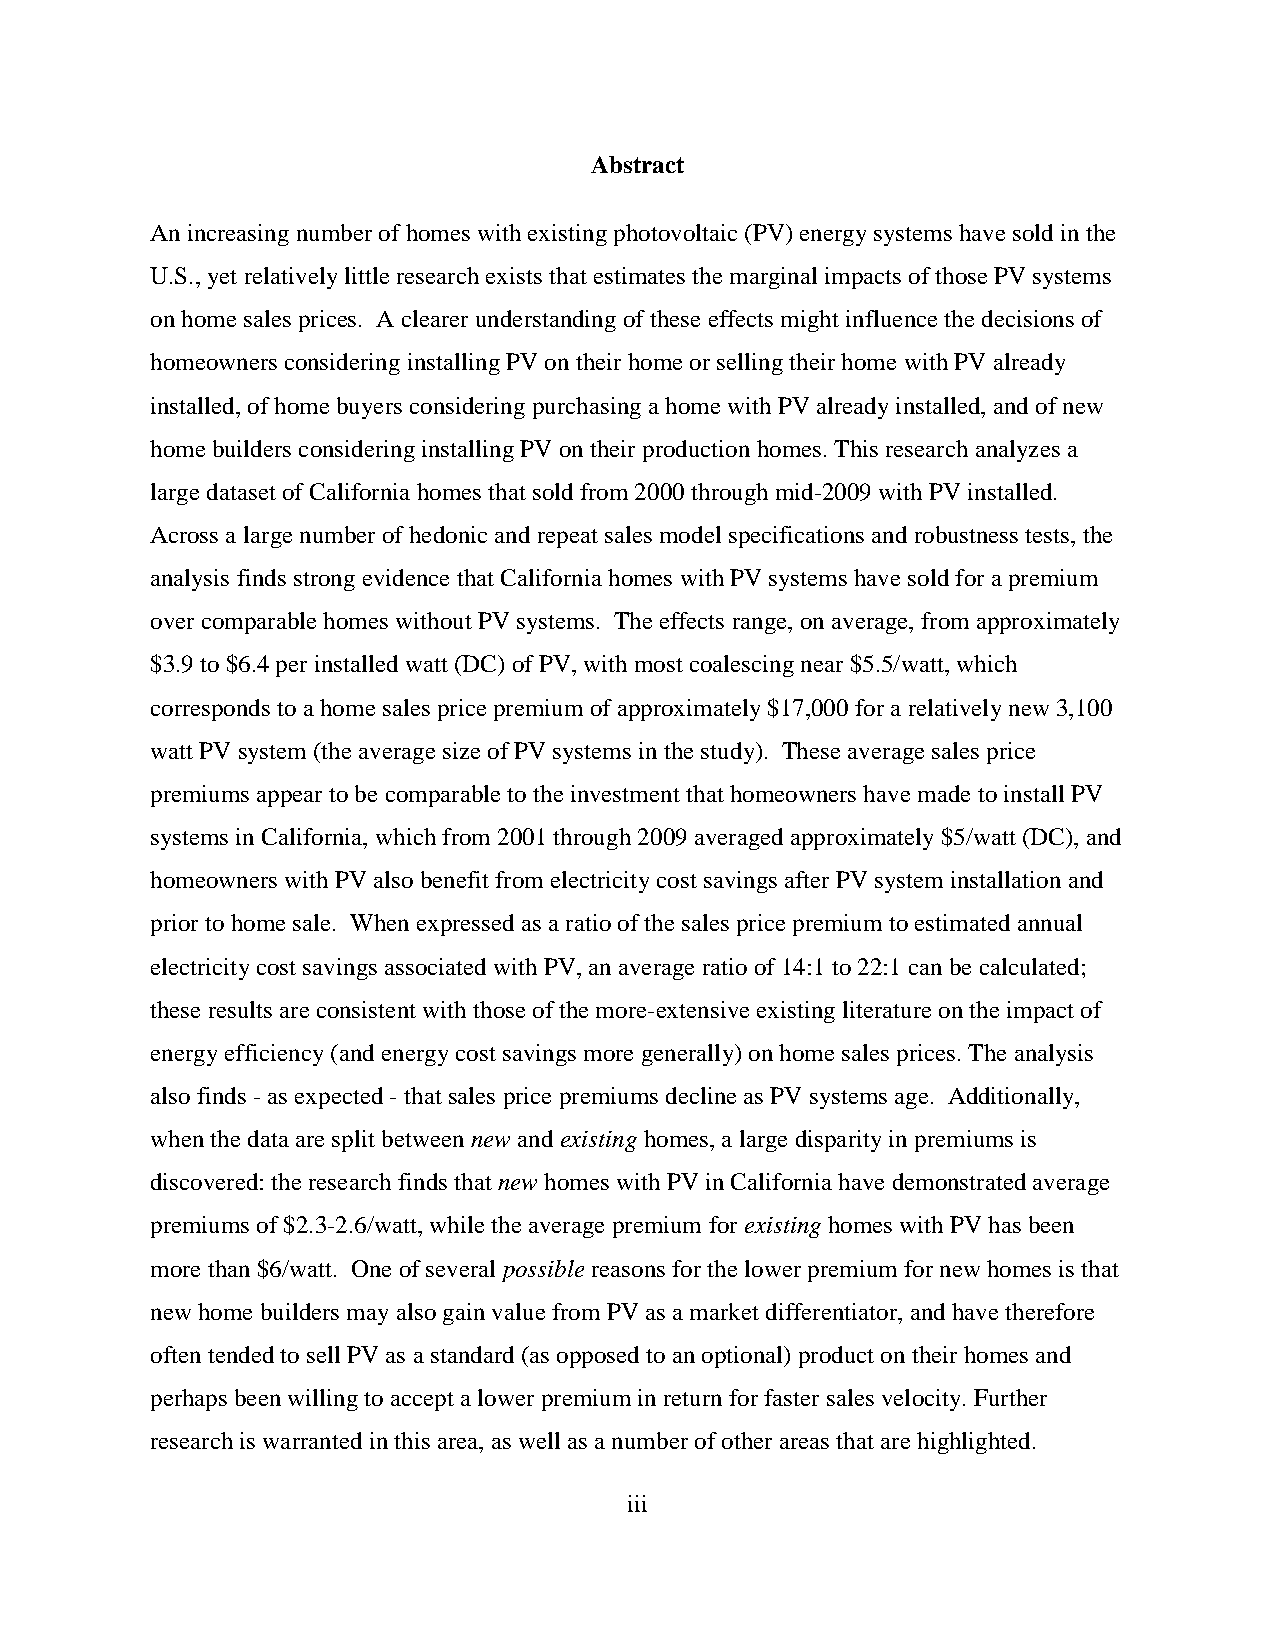
Abstract
 An increasing number of homes with existing photovoltaic (PV) energy systems have sold in the
 U.S., yet relatively little research exists that estimates the marginal impacts of those PV systems
 on home sales prices. A clearer understanding of these effects might influence the decisions of
 homeowners considering installing PV on their home or selling their home with PV already
 installed, of home buyers considering purchasing a home with PV already installed, and of new
 home builders considering installing PV on their production homes. This research analyzes a
 large dataset of California homes that sold from 2000 through mid-2009 with PV installed.
 Across a large number of hedonic and repeat sales model specifications and robustness tests, the
 analysis finds strong evidence that California homes with PV systems have sold for a premium
 over comparable homes without PV systems. The effects range, on average, from approximately
 $3.9 to $6.4 per installed watt (DC) of PV, with most coalescing near $5.5/watt, which
 corresponds to a home sales price premium of approximately $17,000 for a relatively new 3,100
 watt PV system (the average size of PV systems in the study). These average sales price
 premiums appear to be comparable to the investment that homeowners have made to install PV
 systems in California, which from 2001 through 2009 averaged approximately $5/watt (DC), and
 homeowners with PV also benefit from electricity cost savings after PV system installation and
 prior to home sale. When expressed as a ratio of the sales price premium to estimated annual
 electricity cost savings associated with PV, an average ratio of 14:1 to 22:1 can be calculated;
 these results are consistent with those of the more-extensive existing literature on the impact of
 energy efficiency (and energy cost savings more generally) on home sales prices. The analysis
 also finds - as expected - that sales price premiums decline as PV systems age. Additionally,
 when the data are split between new and existing homes, a large disparity in premiums is
 discovered: the research finds that new homes with PV in California have demonstrated average
 premiums of $2.3-2.6/watt, while the average premium for existing homes with PV has been
 more than $6/watt. One of several possible reasons for the lower premium for new homes is that
 new home builders may also gain value from PV as a market differentiator, and have therefore
 often tended to sell PV as a standard (as opposed to an optional) product on their homes and
 perhaps been willing to accept a lower premium in return for faster sales velocity. Further
 research is warranted in this area, as well as a number of other areas that are highlighted.
 iii